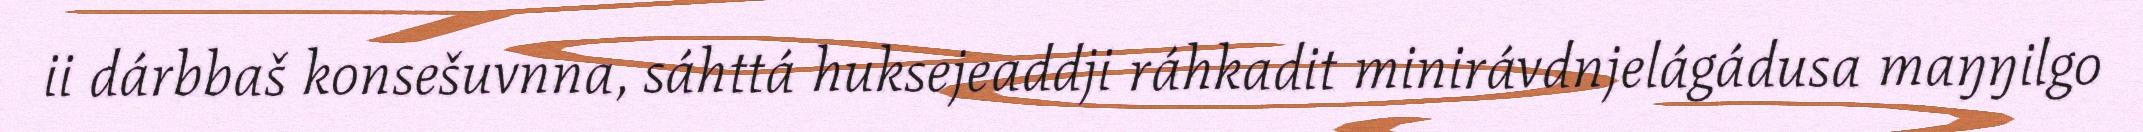
ii dárbbaš konsešuvnna, sáhttá huksejeaddji ráhkadit minirávdnjelágádusa maŋŋilgo